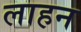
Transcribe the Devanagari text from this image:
लाहन